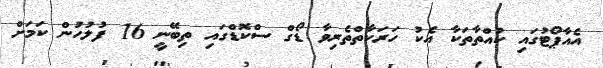
އެއާޕޯޓުގައި ކުއްތާތަކާ އެކު ހަރަކާތްތެރިވާ ޑޯގް ސްކޮޑްގައި ތިބޭނީ 16 ފުލުހުން ކަމަށް